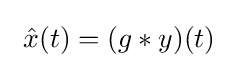
\ {\hat {x}}(t)=(g*y)(t)